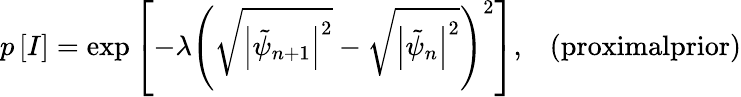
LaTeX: p\left[I\right]=\exp\left[-\lambda\left(\sqrt{\left|\tilde{\psi}_{n+1}\right|^{2}}-\sqrt{\left|\tilde{\psi}_{n}\right|^{2}}\right)^{2}\right],\; \; \; \textrm{(proximalprior)}